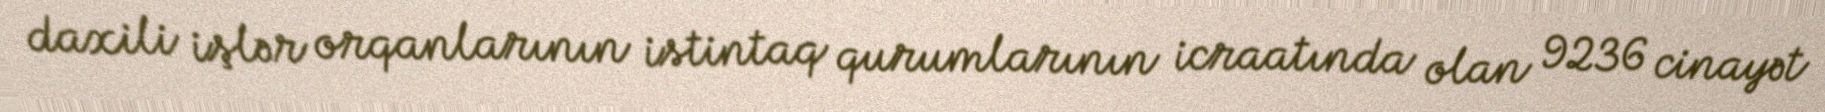
daxili işlər orqanlarının istintaq qurumlarının icraatında olan 9236 cinayət